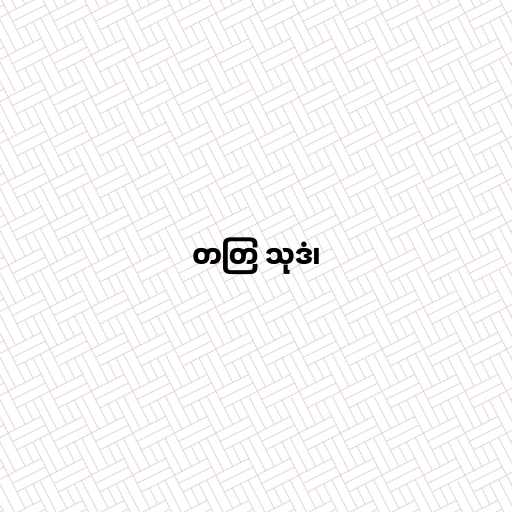
တတြ သုဒံ၊